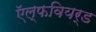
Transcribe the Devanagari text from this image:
ऍल्फवियर्ड